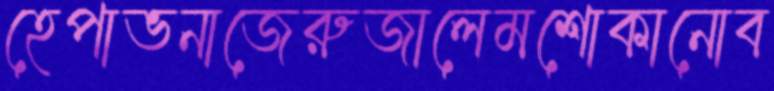
হেপাভনাজেরুজালেমশোকানোব